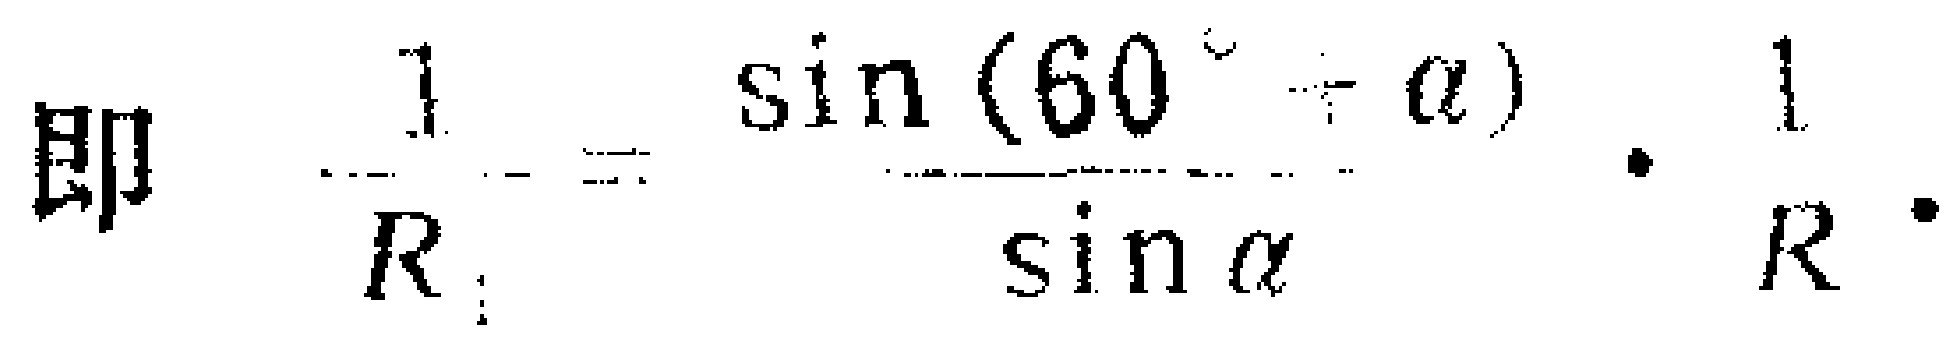
即 $\frac{1}{R_{1}}=\frac{\sin(60^{\circ}+\alpha)}{\sin\alpha}\cdot\frac{1}{R}\cdot$